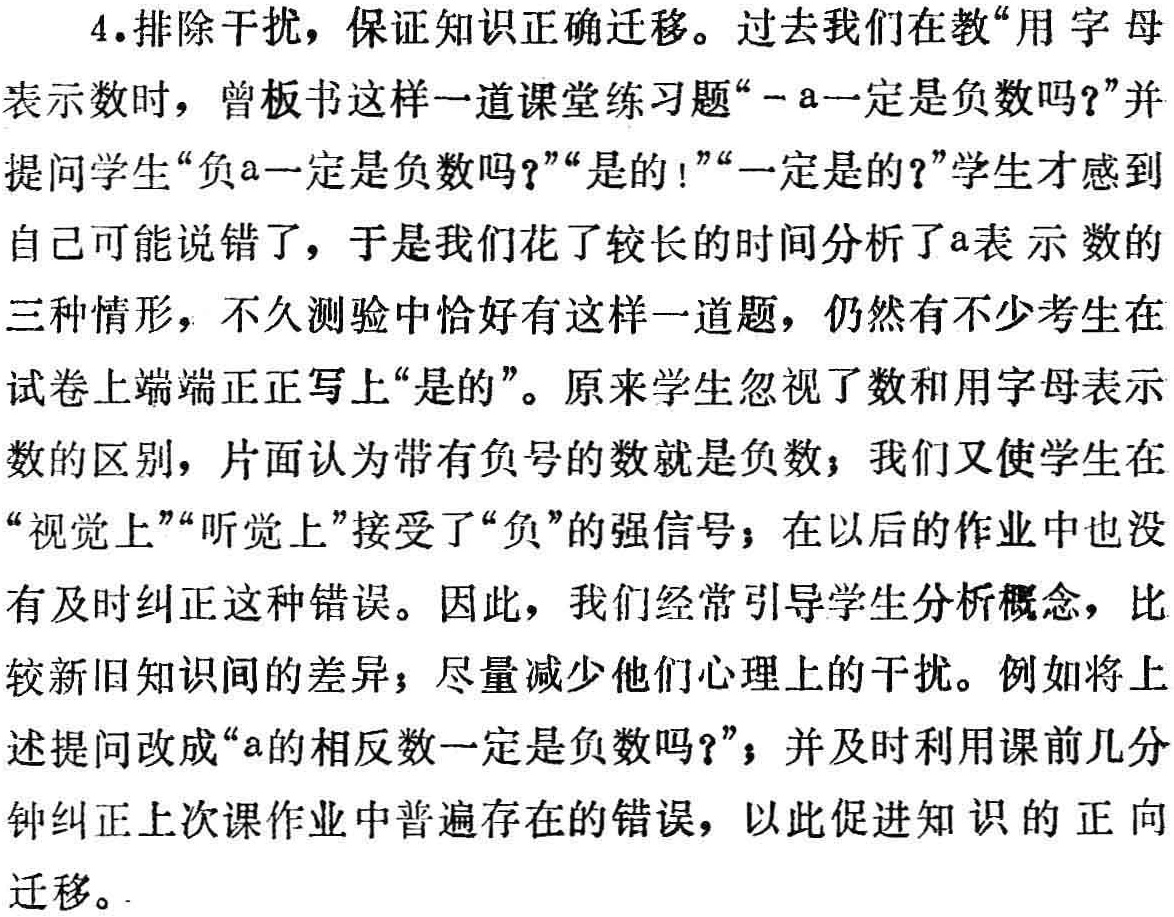
4.排除干扰，保证知识正确迁移。过去我们在教“用字母

表示数时，曾板书这样一道课堂练习题“- a一定是负数吗?”并

提问学生“负a一定是负数吗?”“是的!”“一定是的?”学生才感到

自己可能说错了，于是我们花了较长的时间分析了a表示数的

三种情形，不久测验中恰好有这样一道题，仍然有不少考生在

试卷上端端正正写上“是的”。原来学生忽视了数和用字母表示

数的区别，片面认为带有负号的数就是负数；我们又使学生在

“视觉上”“听觉上”接受了“负”的强信号；在以后的作业中也没

有及时纠正这种错误。因此，我们经常引导学生分析概念，比

较新旧知识间的差异；尽量减少他们心理上的干扰。例如将上

述提问改成“a的相反数一定是负数吗?”；并及时利用课前几分

钟纠正上次课作业中普遍存在的错误，以此促进知识的正向

迁移。